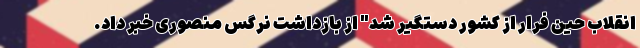
انقلاب حین فرار از کشور دستگیر شد" از بازداشت نرگس منصوری خبر داد.